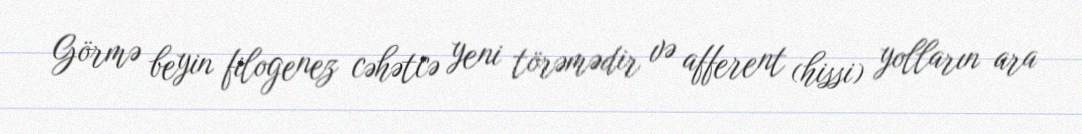
Görmə beyin filogenez cəhətcə yeni törəmədir və afferent (hissi) yolların ara